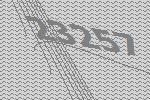
23257